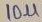
Text: 10µ